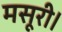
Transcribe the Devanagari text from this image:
मसूरी।